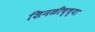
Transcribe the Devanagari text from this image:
शिनळीच्च्या